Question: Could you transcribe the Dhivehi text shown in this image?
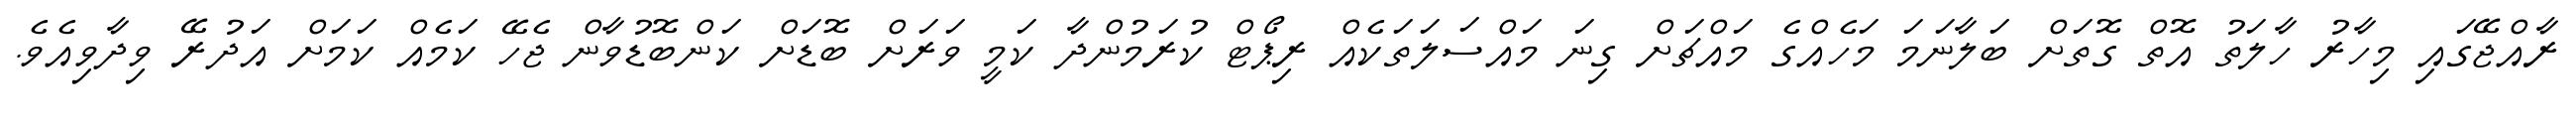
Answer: ރާއްޖޭގައި މިހާރު ހާލަތު އޮތް ގޮތަށް ބަލާނަމަ މަހެއްގެ މައްޗަށް ގިނަ މައްސަލަތަކެއް ރިޕޯޓް ކުރަމުންދާ ކަމީ ވަރަށް ބޮޑަށް ކަންބޮޑުވާން ޖެހޭ ކަމެއް ކަމަށް އަދުރޭ ވިދާވިއެވެ.